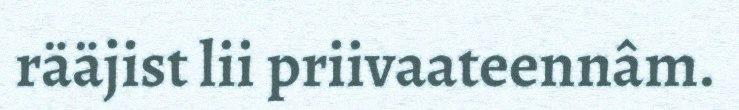
rääjist lii priivaateennâm.